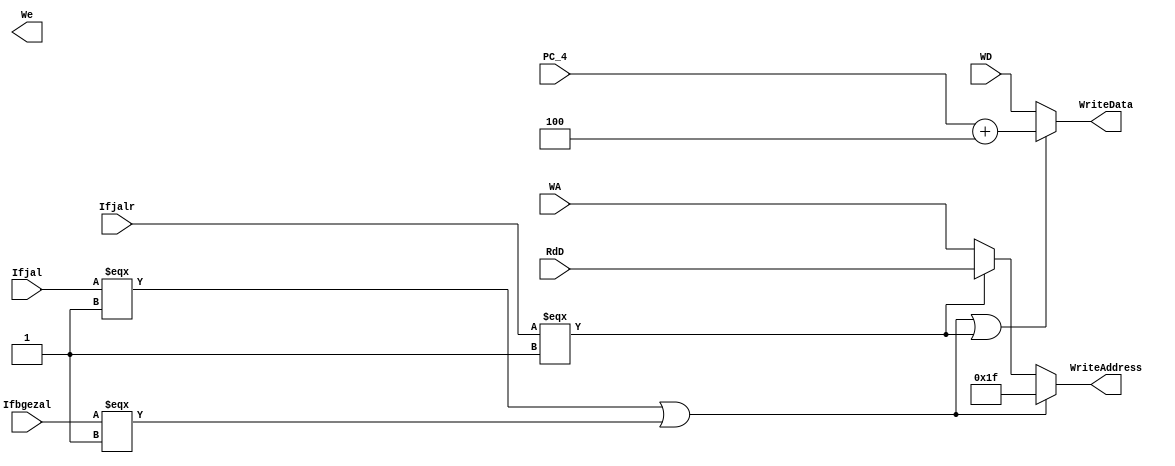
`timescale 1ns / 1ps
//////////////////////////////////////////////////////////////////////////////////
// Company: 
// Engineer: 
// 
// Design Name: 
// Module Name:    mux_andlink 
// Project Name: 
// Target Devices: 
// Tool versions: 
// Description: 
//
// Dependencies: 
//
// Revision: 
// Revision 0.01 - File Created
// Additional Comments: 
//
//////////////////////////////////////////////////////////////////////////////////
module MUX_AndLink(
	input Ifjal, 
	input Ifbgezal,
	input Ifjalr,
	input [4:0]RdD,
	input [31:0]PC_4,
	input [4:0]WA,
	input [31:0]WD,
	//input  RegWriteW,
	output [4:0]WriteAddress,
	output [31:0]WriteData,
	output We
    );
	assign WriteAddress = (Ifjal === 1 || Ifbgezal === 1) ? 31 : 
									(Ifjalr === 1) ? RdD :
									WA;
	assign WriteData = ( Ifjal === 1 || Ifbgezal === 1 || Ifjalr === 1) ? PC_4 + 4 : WD;  
endmodule